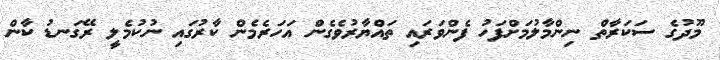
މޫދުގެ ސަކަރާތް ނިންމާލުމަށްފަހު ފެންވަރައި ތައްޔާރުވެގެން އަހަރެމެން ކާރުގައި ނުކުމެލީ ރޭގަނޑު ކާން